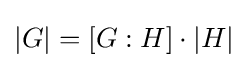
\left|G\right|=\left[G:H\right]\cdot \left|H\right|